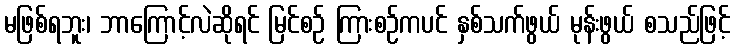
မဖြစ်ရဘူး၊ ဘာကြောင့်လဲဆိုရင် မြင်စဉ် ကြားစဉ်ကပင် နှစ်သက်ဖွယ် မုန်းဖွယ် စသည်ဖြင့်